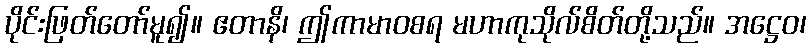
ပိုင်းဖြတ်တော်မူ၍။ ဧတာနိ၊ ဤကာမာဝစရ မဟာကုသိုလ်စိတ်တို့သည်။ အဋ္ဌေဝ၊